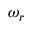
\omega _ { r }